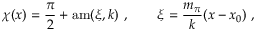
\chi ( x ) = \frac { \pi } { 2 } + \mathrm { a m } ( \xi , k ) \ , \qquad \xi = \frac { m _ { \pi } } { k } ( x - x _ { 0 } ) \ ,